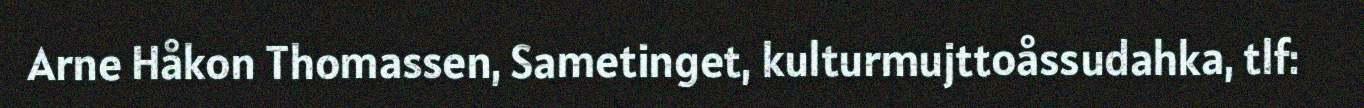
Arne Håkon Thomassen, Sametinget, kulturmujttoåssudahka, tlf: